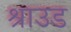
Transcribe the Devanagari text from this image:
श्राउड